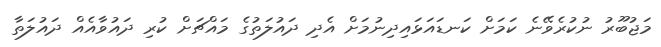
މަޖުބޫރު ނުކުރެވޭނެ ކަމަށް ކަނޑައަޅައިދިނުމަށް އެދި ދައުލަތުގެ މައްޗަށް ކުރި ދައުވާއެއް ދައުލަތާ